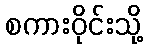
စကားဝိုင်းသို့